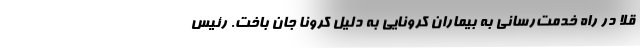
قلا در راه خدمت‌رسانی به بیماران کرونایی به دلیل کرونا جان باخت. رئیس